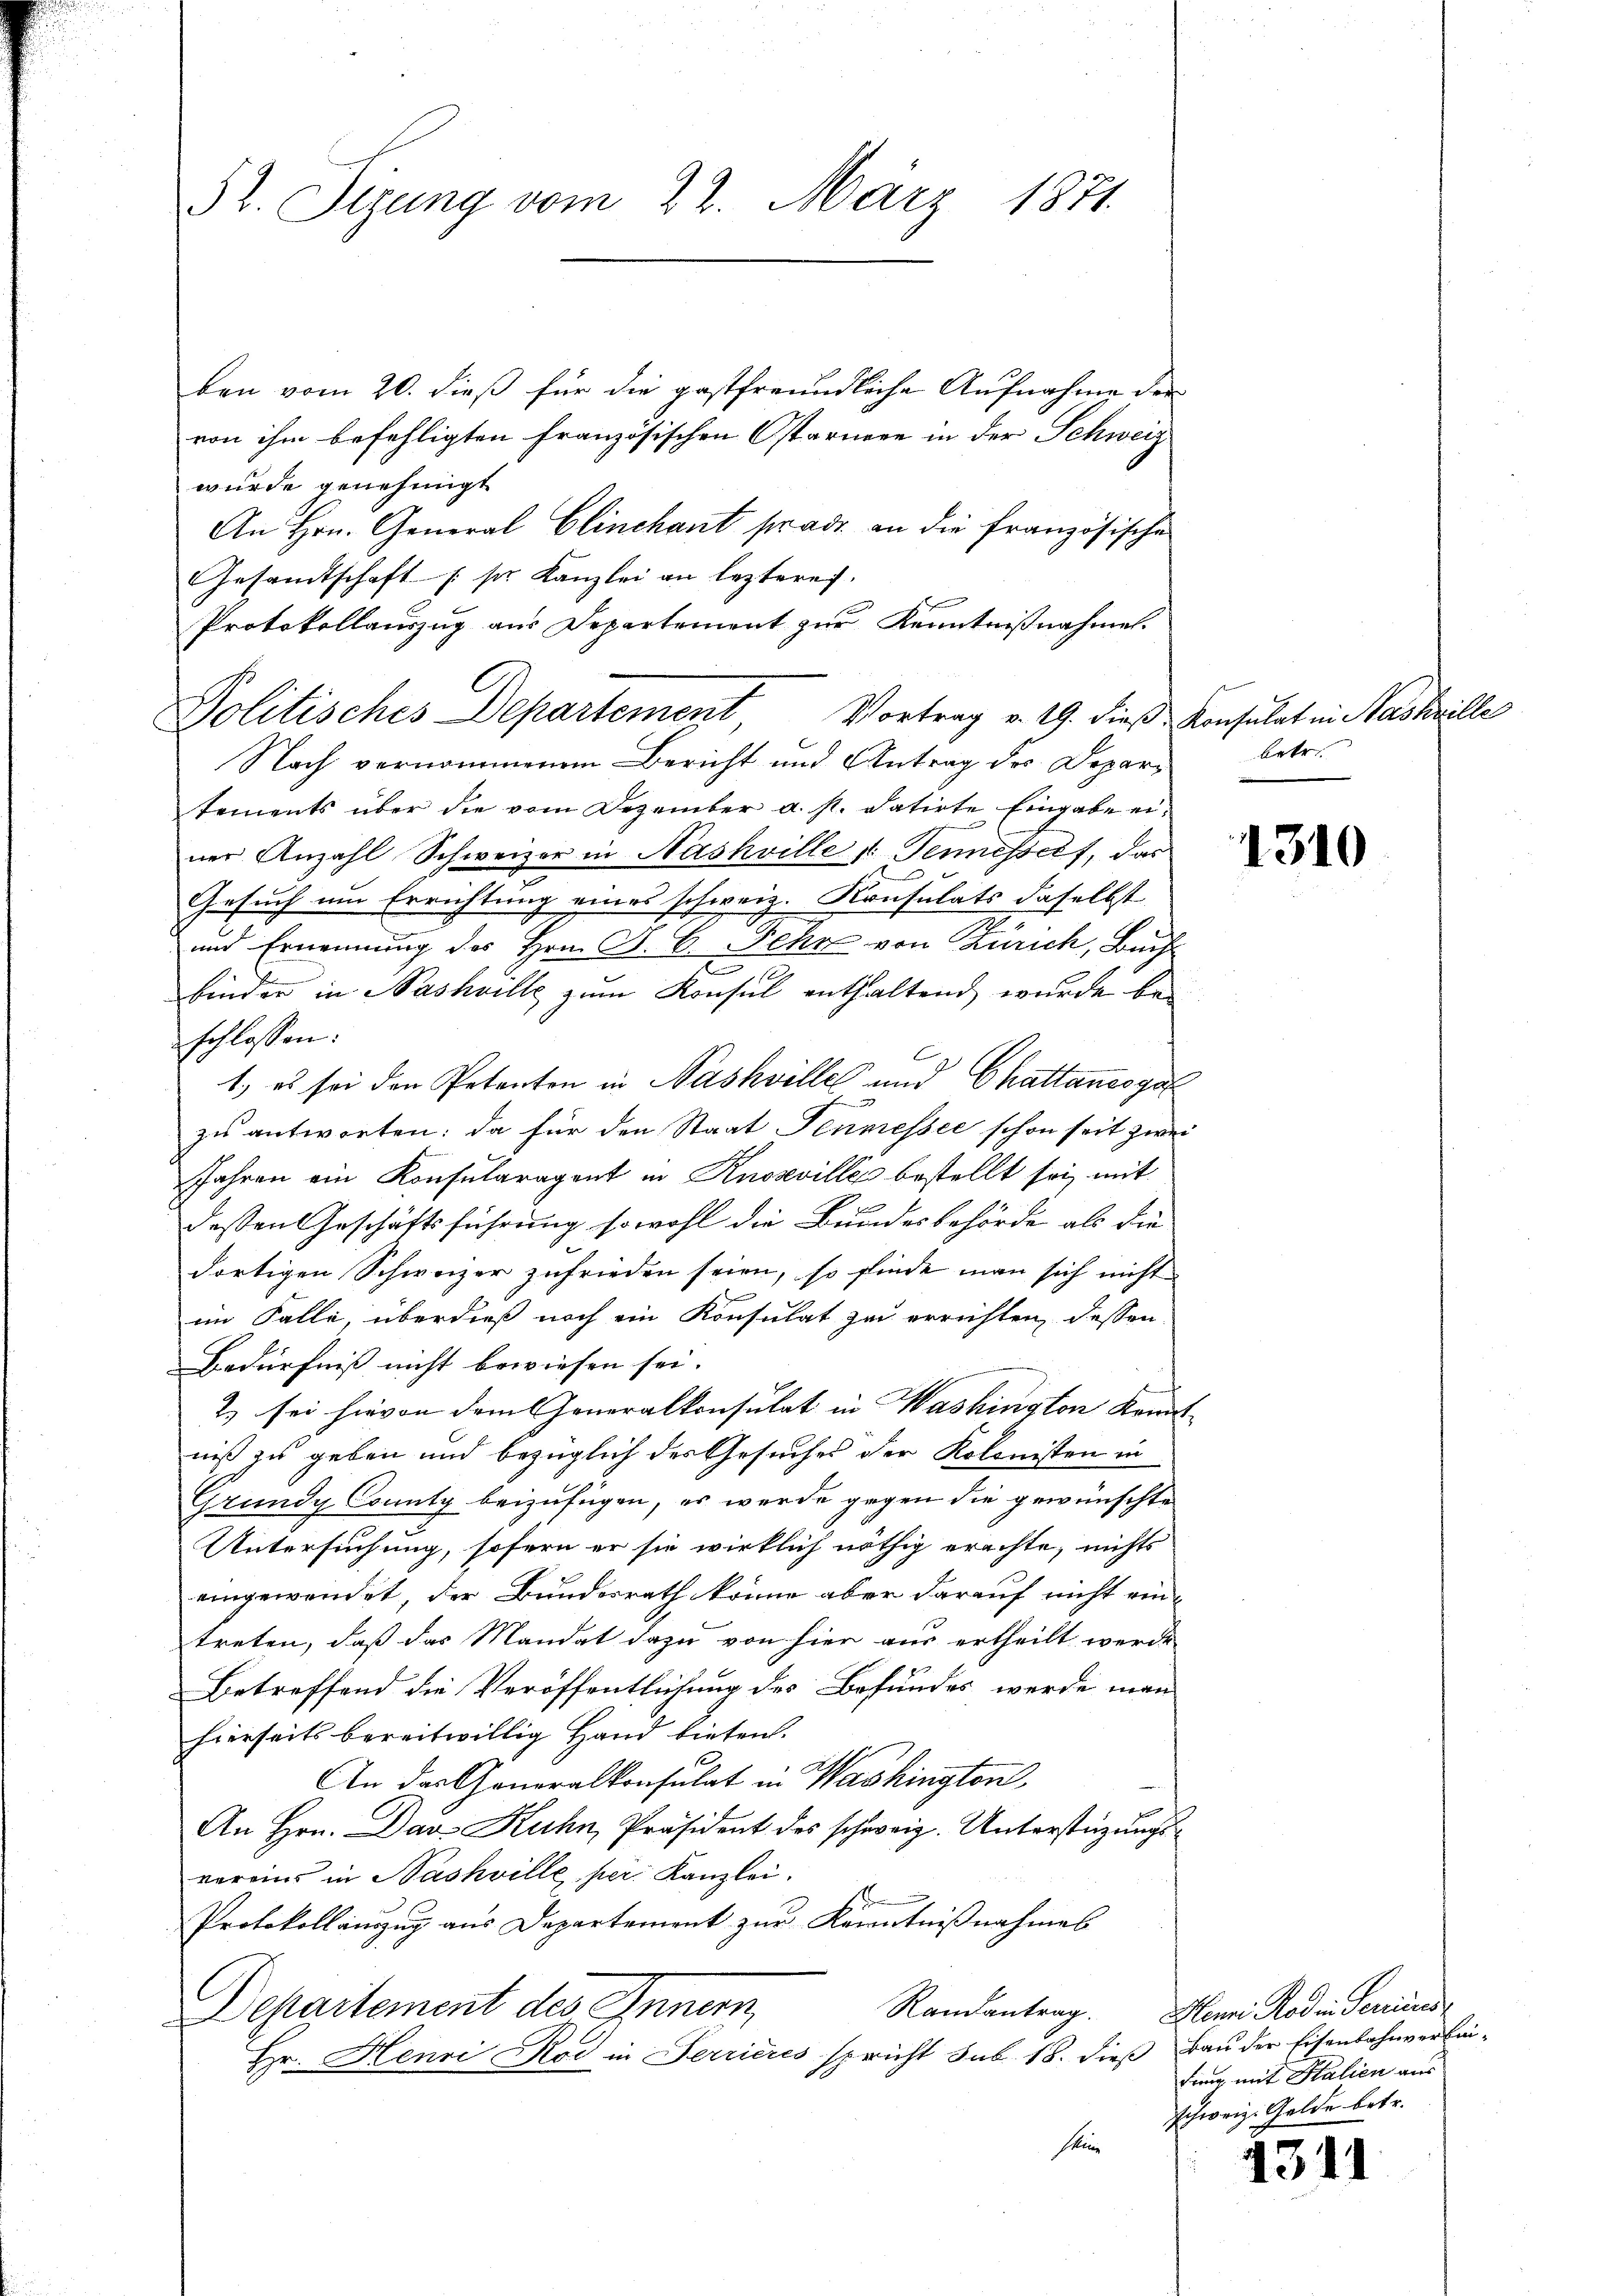
3t. Sizung vom 22. März 1871.

ben vom 20. dieß für die gastfreundliche Aufnahme der
von ihm befehligten französischen Osternere in der Schweiz
wurde genehmigt
An Hrn. General Clinchant pradi an die französische
Gesamtschaft (s. Kanzlei an lezteres.
Protokollauszug aus Departement zur Kenntnißnahmen.
Politisches Departement Vortrag v. 19. dieß Konsulat in Nashrille
Nach vernommenen Bericht und Antrag des Depart betr.
tements über die vom Dezember a. s. datirte Eingabe einer Anzahl Schweizer in Nashville Tennesself, das
Gesuch um Errichtung eines schweiz. Konsulats daselbst
und Ernennung des Hrn. J. C. Fehr von Zürich, Buch
e
.
binder in Nashville zum Konsul enthaltend wurde beschlossen:
6
1. es sei den Petenton in Nashville und Chattancoga

zu antworten: da für den Staat Jenmessee schon seit zwei
Jahren ein Konsularagent in Knosvilles bestellt sei mit
dessen Geschäftsführung sowohl die Bundesbehörde als die
dortigen Schweizer zufrieden seien, so finde man sich nicht
im Falle, überdieß noch ein Konsulat zu errichten, dessen
Bedürfniß nicht bewiesen sei.
2) sei hievon dem Generalkonsulat in Washington konnte |
niß zu geben und bezüglich des Gesuches der Kolonisten in
Grundy County beizufügen, er werde gegen die gewünschte
Untersuchung, sofern er sie wirklich nöthig erachte, nichts
eingewendet, der Bundesrath könne aber darauf nicht eintreten, daß das Mandat dazu von hier aus ertheilt werde
Betreffend die Veröffentlichung des Befundes werde man
hierseits bereitwillig Hand bieten.
An das Generalkonsulat in Washington
An Hrn. Das Kuhn, Präsident des schweiz. Unterstüzungsvereins in Nashville, per. Kanzlei.
1
Protokollauszug aus Departement zur Kenntnißnahmes
Randantrag.
Departement des Innern,
Hr. Henri Rod in errieres spricht sub. 18. dieß Bau der Eisenbahnverbin-
seine

1310

Henni Roden Perrinnes,
ding mit Stalien aus
schweiz. Gelde betr.

4311